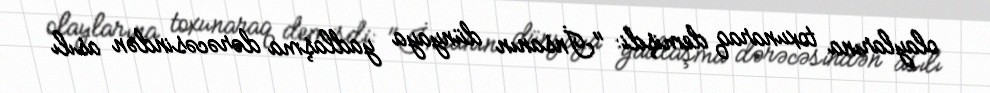
olaylarına toxunaraq demişdi: "İnsanın dünyaya yadlaşma dərəcəsindən asılı